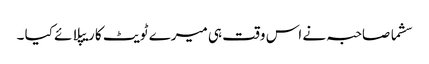
سشما صاحبہ نے اس وقت ہی میرے ٹویٹ کا ریپلائے کیا ۔